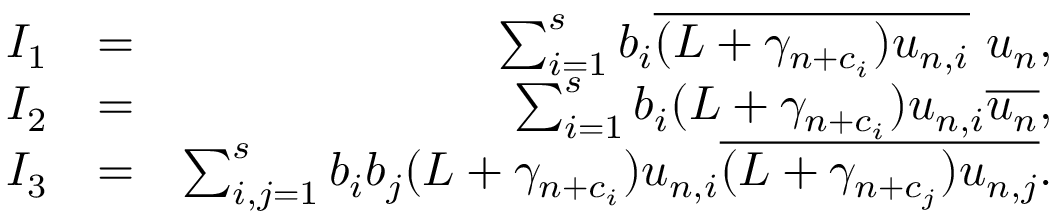
\begin{array} { r l r } { I _ { 1 } } & { = } & { \sum _ { i = 1 } ^ { s } b _ { i } \overline { { ( L + \gamma _ { n + c _ { i } } ) u _ { n , i } } } ~ u _ { n } , } \\ { I _ { 2 } } & { = } & { \sum _ { i = 1 } ^ { s } b _ { i } ( L + \gamma _ { n + c _ { i } } ) u _ { n , i } \overline { { u _ { n } } } , } \\ { I _ { 3 } } & { = } & { \sum _ { i , j = 1 } ^ { s } b _ { i } b _ { j } ( L + \gamma _ { n + c _ { i } } ) u _ { n , i } \overline { { ( L + \gamma _ { n + c _ { j } } ) u _ { n , j } } } . } \end{array}